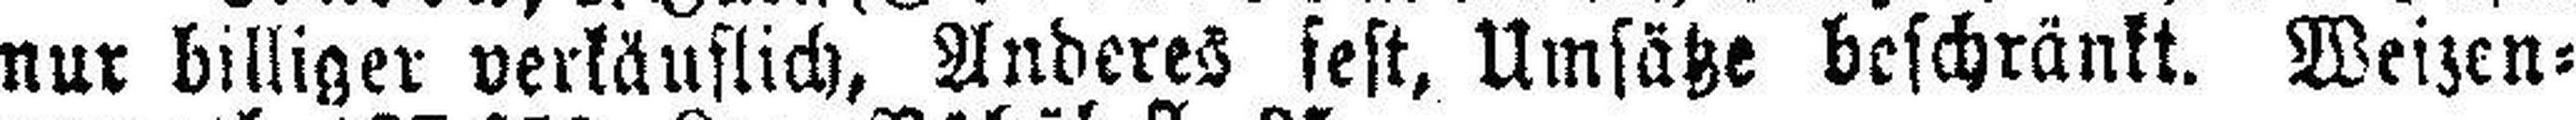
nur billiger verkäuflich, Anderes fest, Umsätze beschränkt. Weizen¬